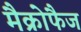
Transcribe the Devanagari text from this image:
मैक्रोफैज